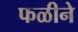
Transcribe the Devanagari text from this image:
फळीने